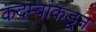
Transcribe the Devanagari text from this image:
कदम्बांकडून